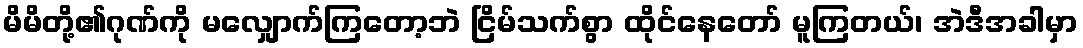
မိမိတို့၏ဂုဏ်ကို မလျှောက်ကြတော့ဘဲ ငြိမ်သက်စွာ ထိုင်နေတော် မူကြတယ်၊ အဲဒီအခါမှာ